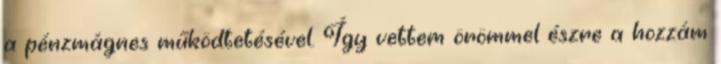
a pénzmágnes működtetésével. Így vettem örömmel észre a hozzám